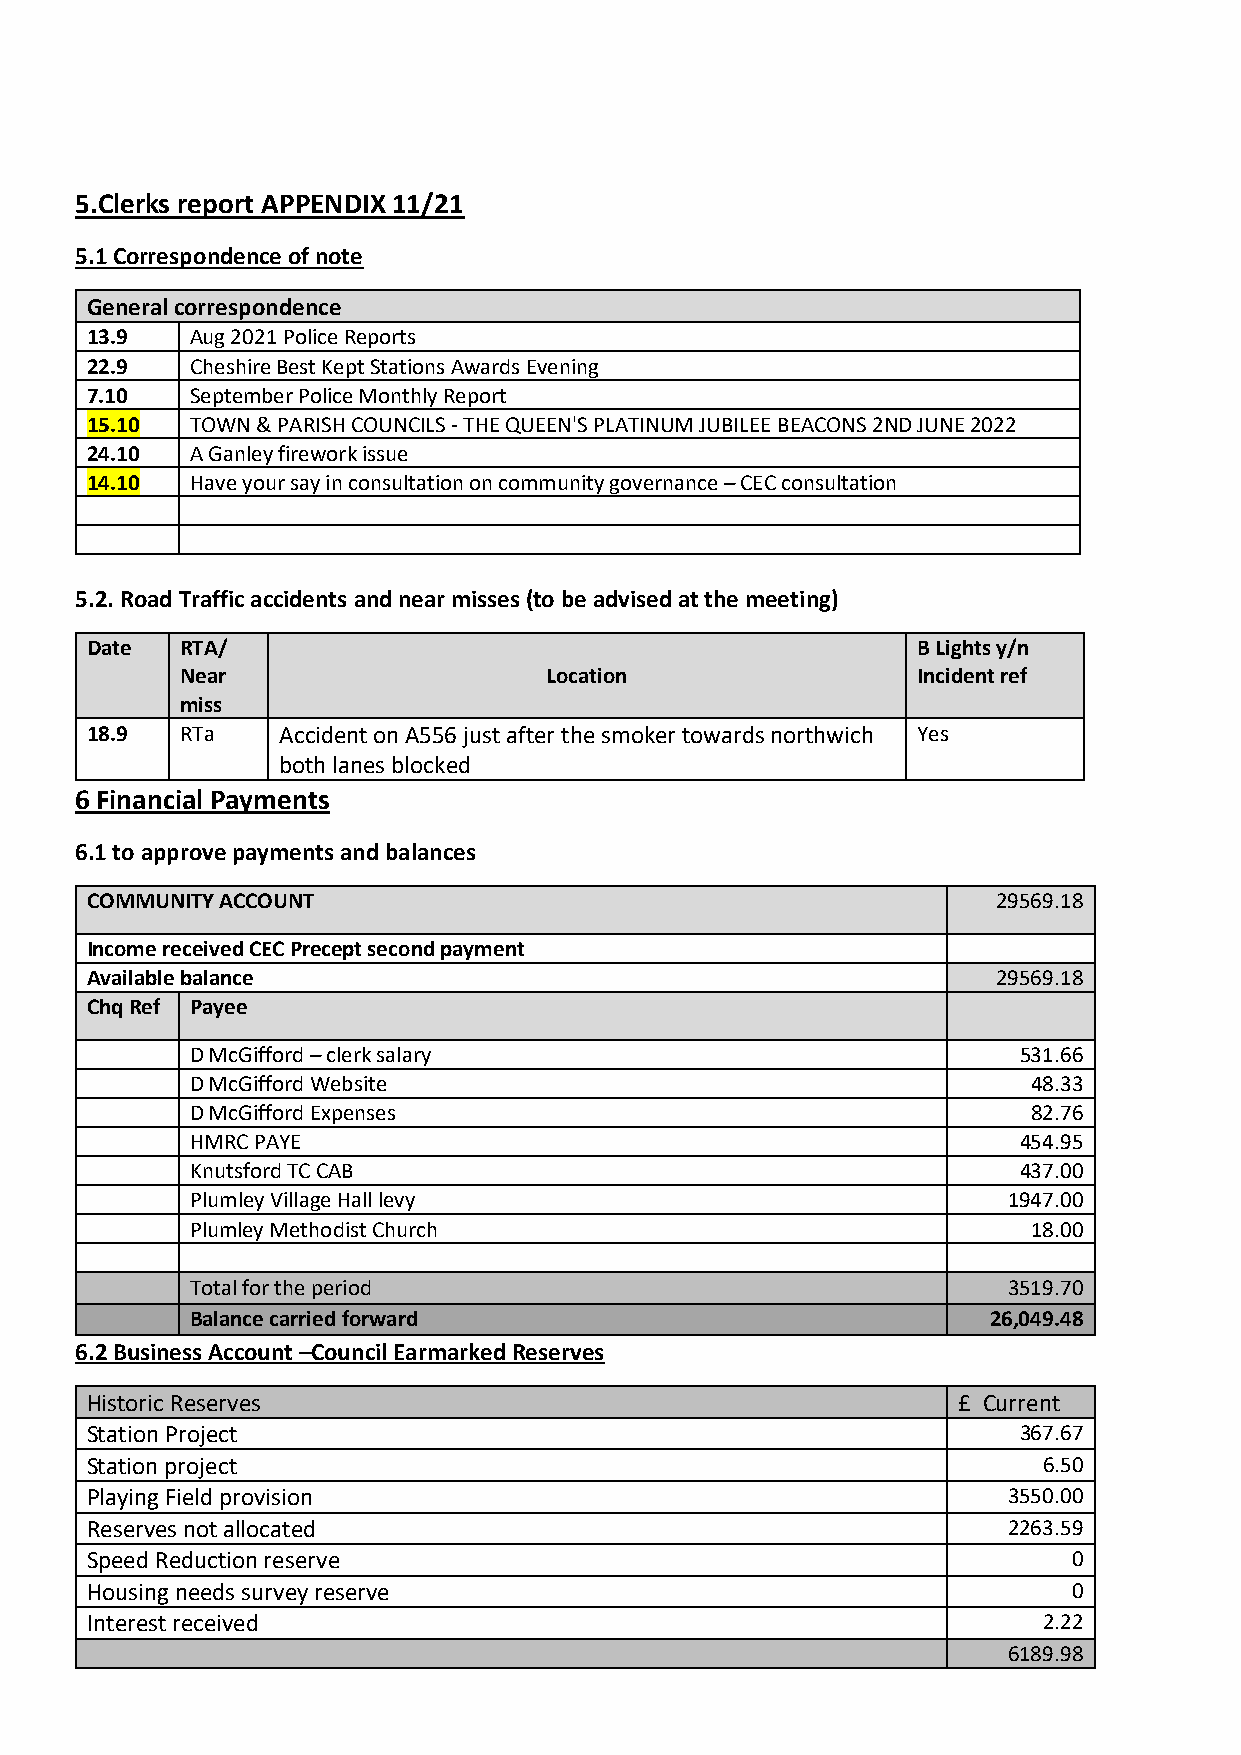
5.Clerks report APPENDIX 11/21
 5.1 Correspondence of note
 General correspondence
 13.9   Aug 2021 Police Reports
 22.9   Cheshire Best Kept Stations Awards Evening
 7.10   September Police Monthly Report
 15.10  TOWN & PARISH COUNCILS - THE QUEEN'S PLATINUM JUBILEE BEACONS 2ND JUNE 2022
 24.10  A Ganley firework issue
 14.10  Have your say in consultation on community governance – CEC consultation
 5.2. Road Traffic accidents and near misses (to be advised at the meeting)
 Date  RTA/                                             B Lights y/n
 Near                    Location                 Incident ref
 miss
 18.9  RTa   Accident on A556 just after the smoker towards northwich Yes
 both lanes blocked
 6 Financial Payments
 6.1 to approve payments and balances
 COMMUNITY ACCOUNT                                           29569.18
 Income received CEC Precept second payment
 Available balance                                           29569.18
 Chq Ref Payee
 D McGifford – clerk salary                            531.66
 D McGifford Website                                    48.33
 D McGifford Expenses                                   82.76
 HMRC PAYE                                             454.95
 Knutsford TC CAB                                      437.00
 Plumley Village Hall levy                             1947.00
 Plumley Methodist Church                               18.00
 Total for the period                                  3519.70
 Balance carried forward                              26,049.48
 6.2 Business Account –Council Earmarked Reserves
 Historic Reserves                                        £ Current
 Station Project                                              367.67
 Station project                                                6.50
 Playing Field provision                                      3550.00
 Reserves not allocated                                       2263.59
 Speed Reduction reserve                                          0
 Housing needs survey reserve                                     0
 Interest received                                              2.22
 6189.98